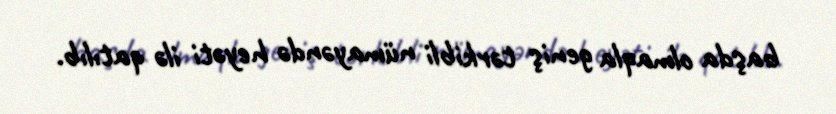
başda olmaqla geniş tərkibli nümayəndə heyəti ilə qatılıb.